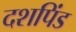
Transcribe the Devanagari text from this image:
दशपिंड